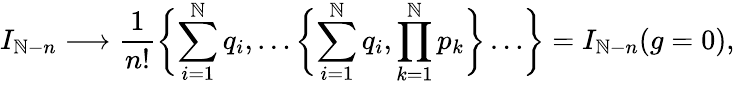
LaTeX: I_{\mathbb{N}-n}\longrightarrow\frac{{1}}{{n!}}\biggl\{ \sum_{i=1}^{\mathbb{N}}q_{i},\dots\biggl\{ \sum_{i=1}^{\mathbb{N}}q_{i},\prod_{k=1}^{\mathbb{N}}p_{k}\biggr\} \dots\biggr\} =I_{\mathbb{N}-n}(g=0),